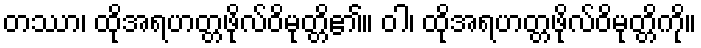
တဿာ၊ ထိုအရဟတ္တဖိုလ်ဝိမုတ္တိ၏။ ဝါ၊ ထိုအရဟတ္တဖိုလ်ဝိမုတ္တိကို။